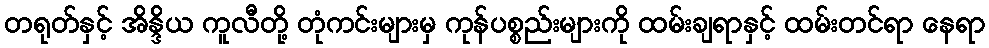
တရုတ်နှင့် အိန္ဒိယ ကူလီတို့ တုံကင်းများမှ ကုန်ပစ္စည်းများကို ထမ်းချရာနှင့် ထမ်းတင်ရာ နေရာ